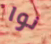
نوا